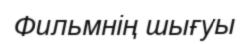
Фильмнің шығуы